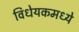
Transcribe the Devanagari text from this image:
विधेयकमध्ये